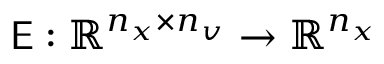
\mathsf { E } : \mathbb { R } ^ { n _ { x } \times n _ { v } } \to \mathbb { R } ^ { n _ { x } }